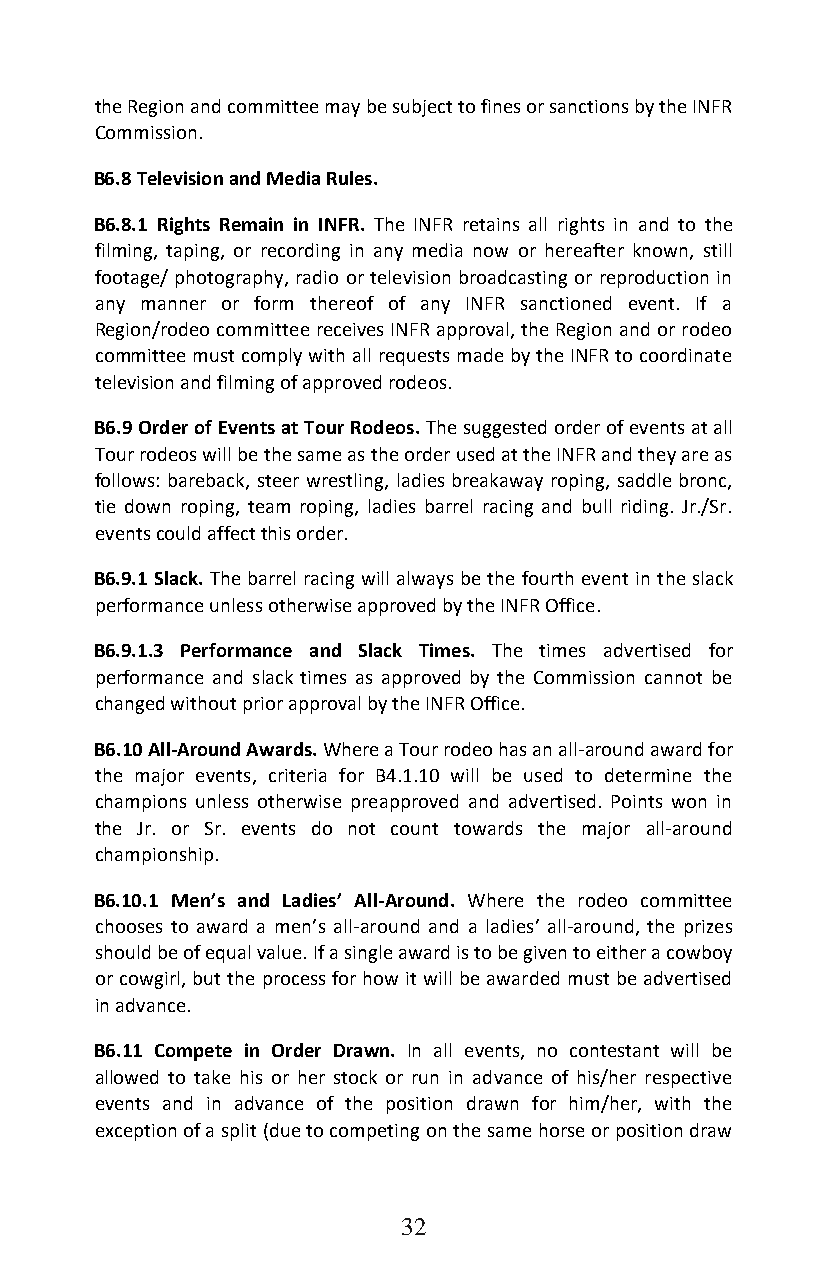
the Region and committee may be subject to fines or sanctions by the INFR
 Commission.
 B6.8 Television and Media Rules.
 B6.8.1 Rights Remain in INFR. The INFR retains all rights in and to the
 filming, taping, or recording in any media now or hereafter known, still
 footage/ photography, radio or television broadcasting or reproduction in
 any manner or form thereof of any INFR sanctioned event. If a
 Region/rodeo committee receives INFR approval, the Region and or rodeo
 committee must comply with all requests made by the INFR to coordinate
 television and filming of approved rodeos.
 B6.9 Order of Events at Tour Rodeos. The suggested order of events at all
 Tour rodeos will be the same as the order used at the INFR and they are as
 follows: bareback, steer wrestling, ladies breakaway roping, saddle bronc,
 tie down roping, team roping, ladies barrel racing and bull riding. Jr./Sr.
 events could affect this order.
 B6.9.1 Slack. The barrel racing will always be the fourth event in the slack
 performance unless otherwise approved by the INFR Office.
 B6.9.1.3 Performance and Slack Times. The times advertised for
 performance and slack times as approved by the Commission cannot be
 changed without prior approval by the INFR Office.
 B6.10 All-Around Awards. Where a Tour rodeo has an all-around award for
 the major events, criteria for B4.1.10 will be used to determine the
 champions unless otherwise preapproved and advertised. Points won in
 the Jr. or Sr. events do not count towards the major all-around
 championship.
 B6.10.1 Men’s and Ladies’ All-Around. Where the rodeo committee
 chooses to award a men’s all-around and a ladies’ all-around, the prizes
 should be of equal value. If a single award is to be given to either a cowboy
 or cowgirl, but the process for how it will be awarded must be advertised
 in advance.
 B6.11 Compete in Order Drawn. In all events, no contestant will be
 allowed to take his or her stock or run in advance of his/her respective
 events and in advance of the position drawn for him/her, with the
 exception of a split (due to competing on the same horse or position draw
 32